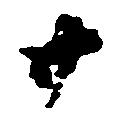
廿